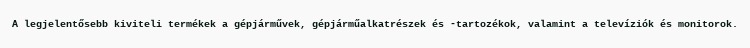
A legjelentősebb kiviteli termékek a gépjárművek, gépjárműalkatrészek és -tartozékok, valamint a televíziók és monitorok.